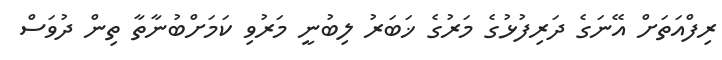
ރިފްއަތަށް އޭނަގެ ދަރިފުޅުގެ މަރުގެ ޚަބަރު ލިބުނީ މަރުވި ކަމަށްބުނާތާ ތިން ދުވަސް